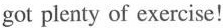
got plenty of exercise!